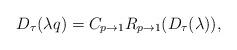
LaTeX: \begin{align*}D_{\tau }(\lambda q)=C_{p\rightarrow 1}R_{p\rightarrow 1}(D_{\tau }(\lambda)),\end{align*}